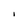
Character: I